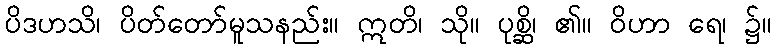
ပိဒဟသိ၊ ပိတ်တော်မူသနည်း။ ဣတိ၊ သို။ ပုစ္ဆိ၊ ၏။ ဝိဟာ ရေ၊ ၌။